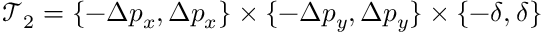
\mathcal { T } _ { 2 } = \{ - \Delta p _ { x } , \Delta p _ { x } \} \times \{ - \Delta p _ { y } , \Delta p _ { y } \} \times \{ - \delta , \delta \}